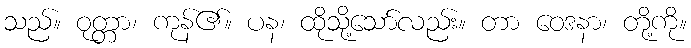
သည်။ ဝုတ္တာ၊ ကုန်၏။ ပန၊ ထိုသို့သော်လည်း။ တာ ဝေဒနာ၊ တို့ကို။